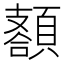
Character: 𩔩